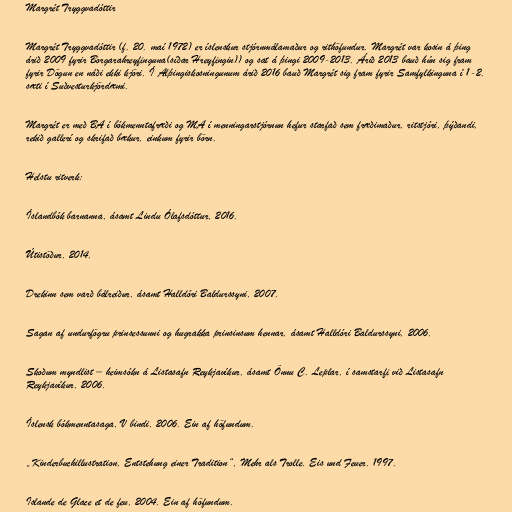
Margrét Tryggvadóttir

Margrét Tryggvadóttir (f. 20. maí 1972) er íslenskur stjórnmálamaður og rithöfundur. Margrét var kosin á þing
árið 2009 fyrir Borgarahreyfinguna(síðar Hreyfingin)) og sat á þingi 2009-2013. Árið 2013 bauð hún sig fram
fyrir Dögun en náði ekki kjöri. Í Alþingiskosningunum árið 2016 bauð Margrét sig fram fyrir Samfylkinguna í 1-2.
sæti í Suðvesturkjördæmi.

Margrét er með BA í bókmenntafræði og MA í menningarstjórnun hefur starfað sem fræðimaður, ritstjóri, þýðandi,
rekið gallerí og skrifað bækur, einkum fyrir börn.

Helstu ritverk:

Íslandbók barnanna, ásamt Lindu Ólafsdóttur, 2016.

Útistöður, 2014.

Drekinn sem varð bálreiður, ásamt Halldóri Baldurssyni, 2007.

Sagan af undurfögru prinsessunni og hugrakka prinsinsum hennar, ásamt Halldóri Baldurssyni, 2006.

Skoðum myndlist – heimsókn á Listasafn Reykjavíkur, ásamt Önnu C. Leplar, í samstarfi við Listasafn
Reykjavíkur, 2006.

Íslensk bókmenntasaga, V bindi, 2006. Ein af höfundum.

„Kinderbuchillustration, Entstehung einer Tradition“, Mehr als Trolle. Eis und Feuer. 1997.

Islande de Glace et de feu, 2004. Ein af höfundum.